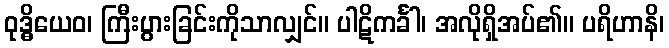
ဝုဒ္ဓိယေဝ၊ ကြီးပွားခြင်းကိုသာလျှင်။ ပါဋိကင်္ခါ၊ အလိုရှိအပ်၏။ ပရိဟာနိ၊